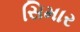
સિમાર